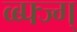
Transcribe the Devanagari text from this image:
व्ब्फ्ज्ग्